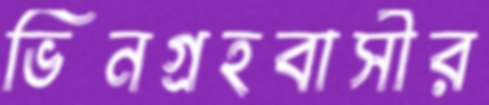
ভিনগ্রহবাসীর